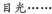
目光……